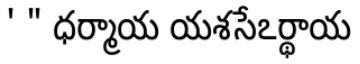
' " ధర్మాయ యశసేఽర్థాయ